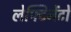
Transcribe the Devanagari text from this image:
लेफ्टिनेंटों